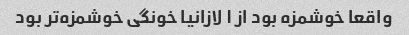
واقعا خوشمزه بود از ۱ لازانیا خونگی خوشمزه‌تر بود